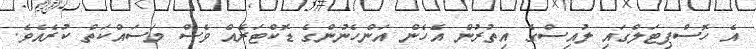
އެ ހޮސްޕިޓަލްގައި ލުއިސްގެ އިތުރުން އެހެން އަންހެނުންގެ ޑޮކްޓަރެއް ވެސް މަސައްކަތް ކުރެއެވެ.